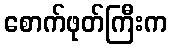
စောက်ဖုတ်ကြီးက